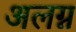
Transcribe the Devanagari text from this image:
अलग्न